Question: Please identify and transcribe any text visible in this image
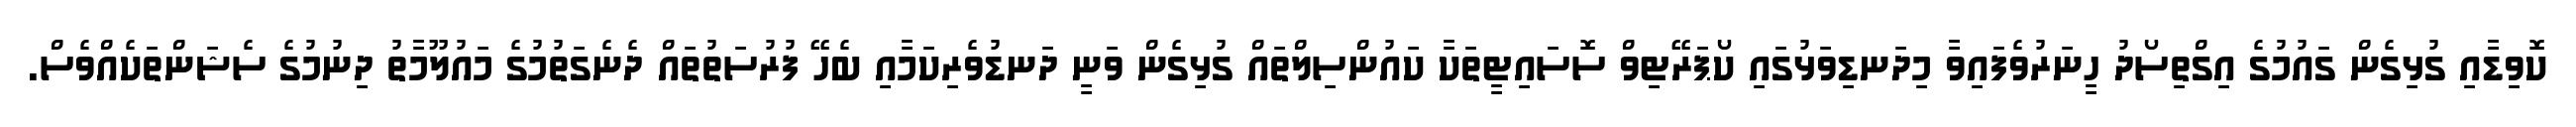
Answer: ކޮވިޑާއި ގުޅިގެން ގައުމުގެ އިގްތިސޯދު ހީނަރުވެފައިވާ މިދަނޑިވަޅުގައި ކޯޕަރޭޓިވް ސޮސައިޓީތަކާ ކައުންސިލްތައް ގުޅިގެން ވަނީ ދަނޑުވެރިކަމާއި ބެހޭ ފުރުސަތުތައް ދެނެގަތުމުގެ މައުލޫމާތު ދިނުމުގެ ސެޝަންތަކެއްވެސް.